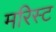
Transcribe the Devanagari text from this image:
मरिस्ट